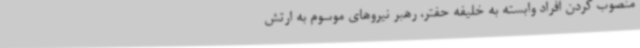
منصوب کردن افراد وابسته به خلیفه حفتر، رهبر نیروهای موسوم به ارتش